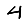
Digit: 4